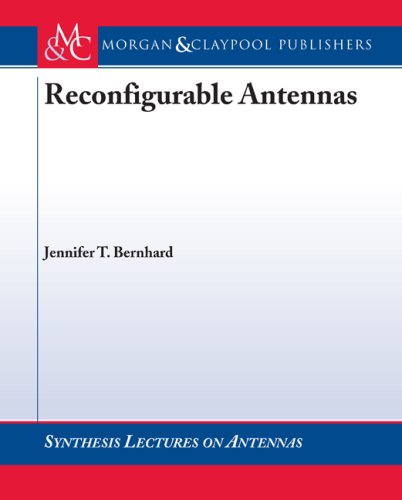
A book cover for Reconfigurable Antennas (Synthesis Lectures on Antennas and Propagation); Jennifer T. Bernhard; Science & Math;